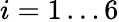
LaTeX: i=1\ldots 6